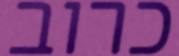
כרוב